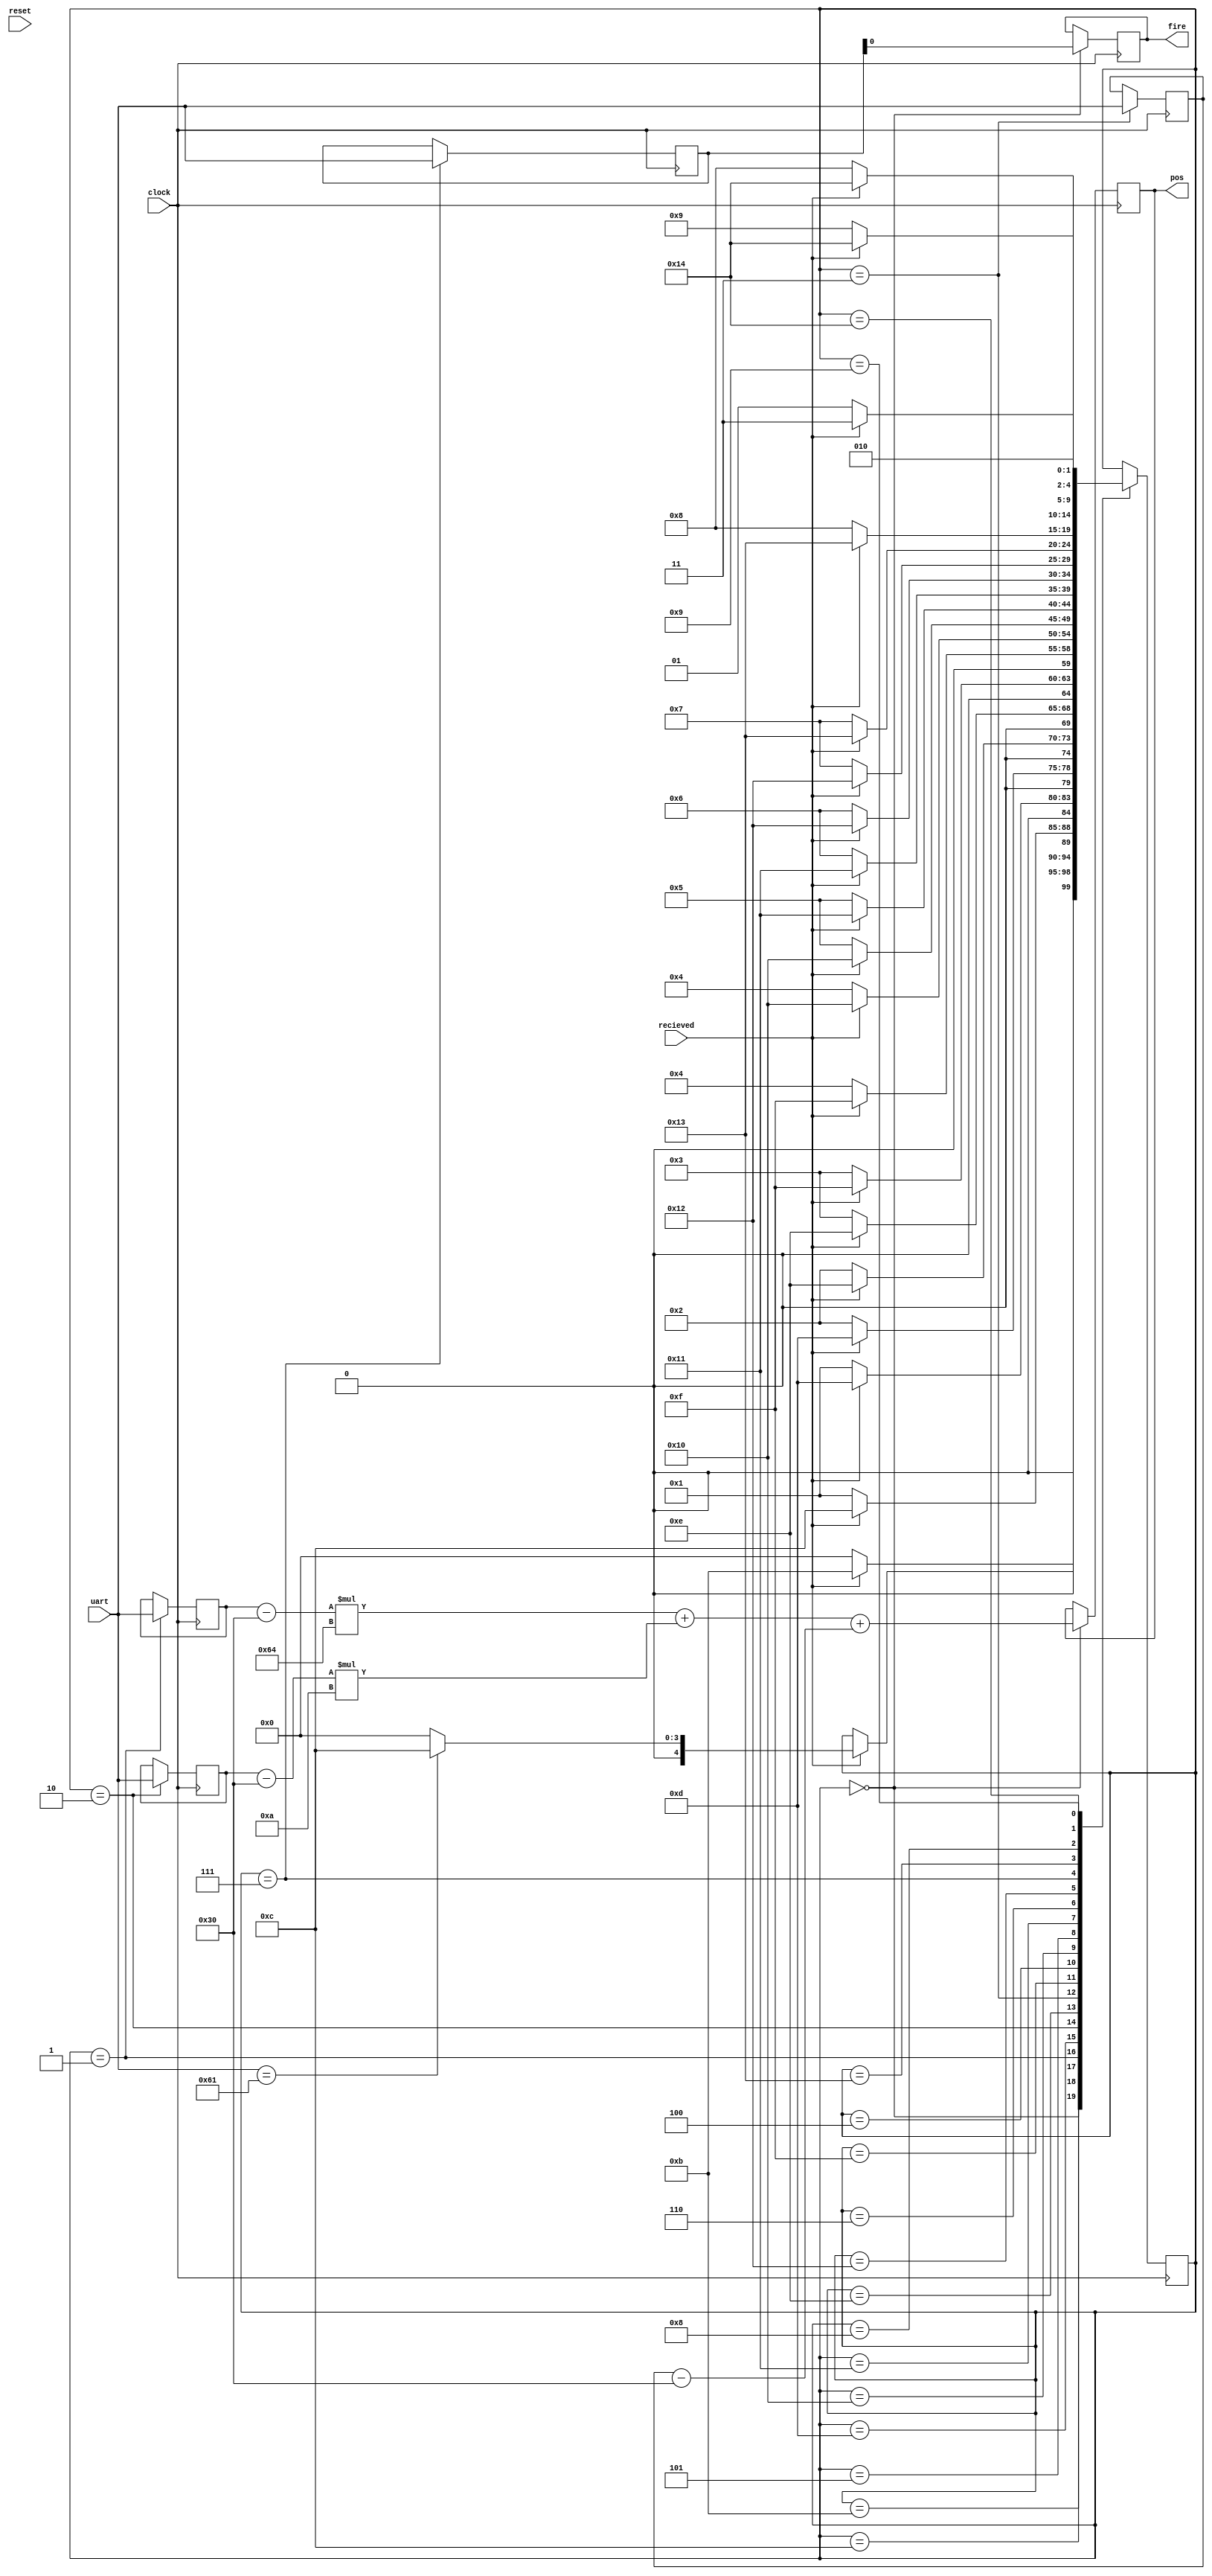
module Nerf_Sentry_sm3(clock, uart, recieved, reset, pos, fire);
	input clock;
	input [7:0] uart;
	input recieved;
	input reset;
	output reg [7:0] pos;
	output reg fire;
	reg [4:0] state;
	reg [7:0] fireReg;
	reg [7:0] x100, x010, x001;
	
	parameter IDLE = 5'b00000,
			    X100 = 5'b00001,
				 X010 = 5'b00010,
				 X001 = 5'b00011,
			    Y100 = 5'b00100,
				 Y010 = 5'b00101,
				 Y001 = 5'b00110,
				 FIRE = 5'b00111,
				 FIRESEL = 5'b01000,
				 SCANSEL = 5'b01001,
				 //Buffer States
				 BIDLE = 5'b01011,
			    BX100 = 5'b01100,
				 BX010 = 5'b01101,
				 BX001 = 5'b01110,
			    BY100 = 5'b01111,
				 BY010 = 5'b10000,
				 BY001 = 5'b10001,
				 BFIRE = 5'b10010,
				 BFIRESEL = 5'b10011,
				 BSCANSEL = 5'b10100;
	
	//State Control Function
	always @ (posedge clock)
		begin
			case(state)
				BIDLE: 
					begin
						if (recieved == 1)
							state <= BIDLE;
						else
							state <= IDLE;
					end
				IDLE: //Check to see if the trigger char is sent 'a'
					begin
						if (recieved == 1)
							begin
								if (uart[7:0] == 8'b01100001)
									state <= BX100;
								else
									state <= IDLE;
							end
					end
				BX100:
					begin
						if (recieved == 1)
							state <= BX100;
						else
							state <= X100;
					end
				X100: ///
					begin
						if (recieved == 1)
							state <= BX010;
						else
							state <= X100;
					end
				BX010:
					begin
						if (recieved == 1)
							state <= BX010;
						else
							state <= X010;
					end
				X010:
					begin
						if (recieved == 1)
							state <= BX001;
						else
							state <= X010;
					end
				BX001:
					begin
						if (recieved == 1)
							state <= BX001;
						else
							state <= X001;
					end
				X001: 
					begin
						if (recieved == 1)
							state <= BY100;
						else
							state <= X001;
					end
				BY100:
					begin
						if (recieved == 1)
							state <= BY100;
						else
							state <= Y100;
					end
				Y100: 
					begin
						if (recieved == 1)
							state <= BY010;
						else
							state <= Y100;
					end
				BY010:
					begin
						if (recieved == 1)
							state <= BY010;
						else
							state <= Y010;
					end
				Y010: 
					begin
						if (recieved == 1)
							state <= BY001;
						else
							state <= Y010;
					end
				BY001:
					begin
						if (recieved == 1)
							state <= BY001;
						else
							state <= Y001;
					end
				Y001:
					begin
						if (recieved == 1)
							state <= BFIRE;
						else
							state <= Y001;
					end
				BFIRE:
					begin
						if (recieved == 1)
							state <= BFIRE;
						else
							state <= FIRE;
					end
				FIRE:
					begin
						if (recieved == 1)
							state <= BFIRESEL;
						else
							state <= FIRE;
					end
				BFIRESEL:
					begin
						if (recieved == 1)
							state <= BFIRESEL;
						else
							state <= FIRESEL;
					end
				FIRESEL:
					begin
						if (recieved == 1)
							state <= BSCANSEL;
						else
							state <= FIRESEL;
					end
				BSCANSEL:
					begin
						if (recieved == 1)
							state <= BSCANSEL;
						else
							state <= SCANSEL;
					end
				SCANSEL: 
					begin
						if (recieved == 1)
							state <= BIDLE;
						else
							state <= SCANSEL;
					end
				default: ;//state <= IDLE;
			endcase
		end
	
	//State Output Function
	always @ (posedge clock)
		begin
			case(state)
				IDLE: 
				begin
					pos[7:0] <= ((x100 - 8'b00110000) * 8'b01100100) + ((x010 - 8'b00110000) * 8'b00001010) + (x001 - 8'b00110000);
					fire <= fireReg[0];
				end
				X100: x100[7:0] <= uart[7:0];
				X010: x010[7:0] <= uart[7:0];
				X001: x001[7:0] <= uart[7:0];
				FIRE: fireReg[7:0] <= uart[7:0];
				default: ;
			endcase
			
		end

endmodule